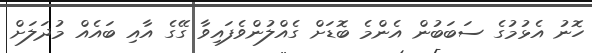
ހޮނު އެޅުމުގެ ސަބަބުން އެންމެ ބޮޑަށް ގެއްލުންވެފައިވާ ގޭގެ އާއި ބައެއް މުދަލަށް